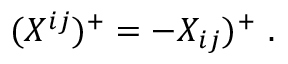
( X ^ { i j } ) ^ { + } = - X _ { i j } ) ^ { + } \ .